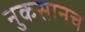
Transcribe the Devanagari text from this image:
नुकसानच